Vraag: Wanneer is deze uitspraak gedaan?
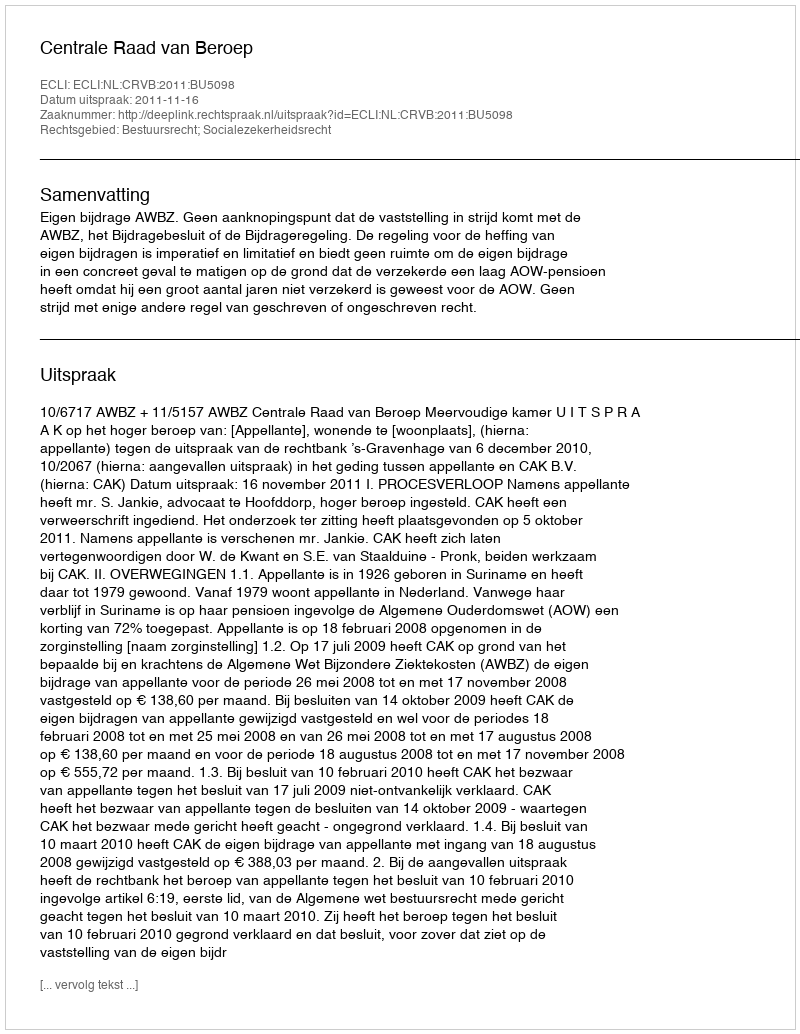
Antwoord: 2011-11-16